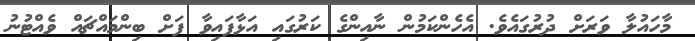
މާހައުލާ ވަރަށް ދުރުގައެެވެ. އެހެންކަމުން ނާއިންގެ ކަރުގައި އަޅާފައިވާ ފަށް ބިންމައްޗައް ވެއްޓުނު